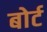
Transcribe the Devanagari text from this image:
बोर्ट